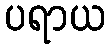
ပရာယ